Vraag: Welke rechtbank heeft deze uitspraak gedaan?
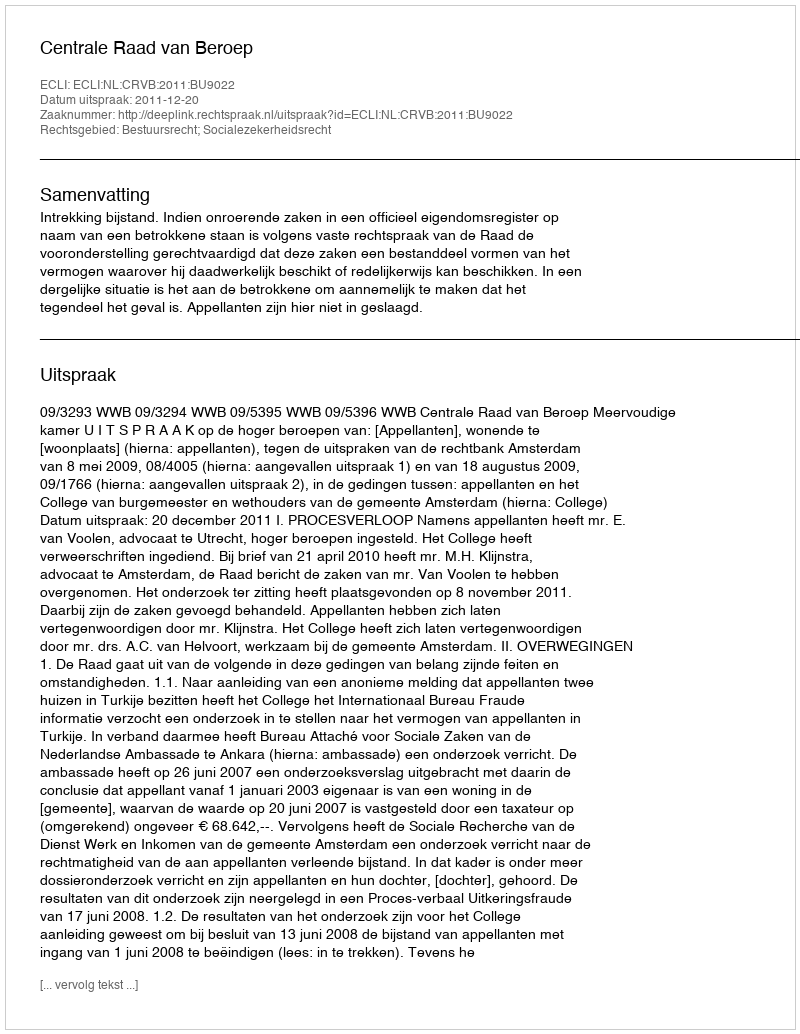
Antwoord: Centrale Raad van Beroep